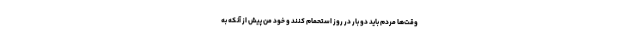
وقت‌ها مردم باید دو بار در روز استحمام کنند و خود من پیش از آنکه به